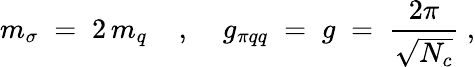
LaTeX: m_{\sigma}\; =\; 2\, m_{q}\; \; \; \; ,\; \; \; \; g_{\pi qq}\; =\; g\; =\; \frac{2\pi}{\sqrt{N_{c}}}\; ,